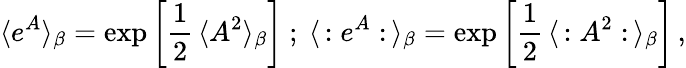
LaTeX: \langle e^{A}\rangle_{\beta}=\exp\left[\frac{1}{2}\, \langle A^{2}\rangle_{\beta}\right]\ ;\ \langle\, :e^{A}:\, \rangle_{\beta}=\exp\left[\frac{1}{2}\, \langle\, :A^{2}:\, \rangle_{\beta}\right]\, ,